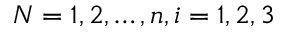
N = 1 , 2 , \ldots , n , i = 1 , 2 , 3